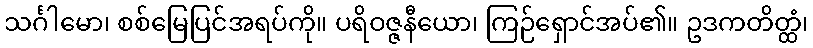
သင်္ဂါမော၊ စစ်မြေပြင်အရပ်ကို။ ပရိဝဇ္ဇနီယော၊ ကြဉ်ရှောင်အပ်၏။ ဥဒကတိတ္ထံ၊